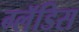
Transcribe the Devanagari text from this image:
ग्लॅडिस